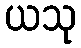
ယသု